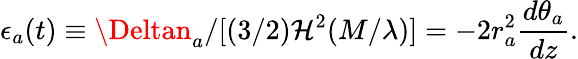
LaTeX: \epsilon_{a}(t)\equiv\Deltan_{a}/[(3/2)\mathcal{H}^{2}(M/\lambda)]=-2r_{a}^{2}\frac{{d\theta_{a}}}{{dz}}.